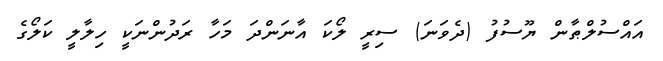
އައްސުލްޠާން ޔޫސުފު (ދެވަނަ) ސިރީ ލޯކަ އާނަންދަ މަހާ ރަދުންނަކީ ހިލާލީ ކަލޯގެ